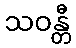
သဝန္တီ